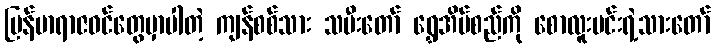
မြန်မာရာဇဝင်တွေမှာပါတဲ့ ကျန်စစ်သား သမီးတော် ရွှေအိမ်စည်ကို စောလူးမင်းရဲ့သားတော်